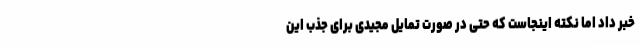
خبر داد اما نکته اینجاست که حتی در صورت تمایل مجیدی برای جذب این